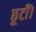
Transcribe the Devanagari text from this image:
छूटीं।